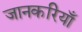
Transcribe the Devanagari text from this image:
जानकरियाँ